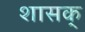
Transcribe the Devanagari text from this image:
शासक्